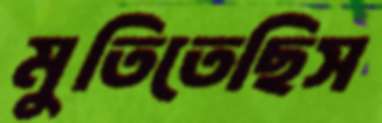
মুতিতেছিস